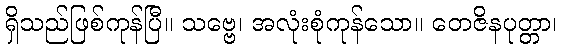
ရှိသည်ဖြစ်ကုန်ပြီ။ သဗ္ဗေ၊ အလုံးစုံကုန်သော။ တေဇိနပုတ္တာ၊